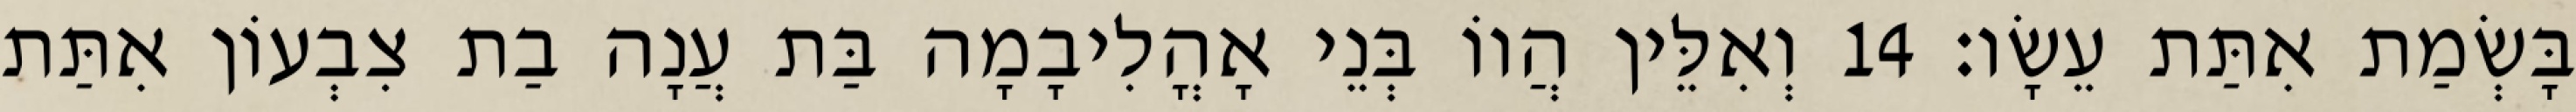
בָּשְׂמַת אִתַּת עֵשָׂו׃ 14 וְאִלֵּין הֲווֹ בְּנֵי אָהֳלִיבָמָה בַּת עֲנָה בַת צִבְעוֹן אִתַּת